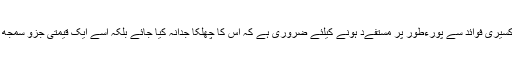
اس لئے سیب کے اکسیری فوائد سے پورءطور پر مستفےد ہونے کیلئے ضروری ہے کہ اس کا چھلکا جدانہ کیا جائے بلکہ اسے ایک قیمتی جزو سمجھ استعمال کیا جائے ۔